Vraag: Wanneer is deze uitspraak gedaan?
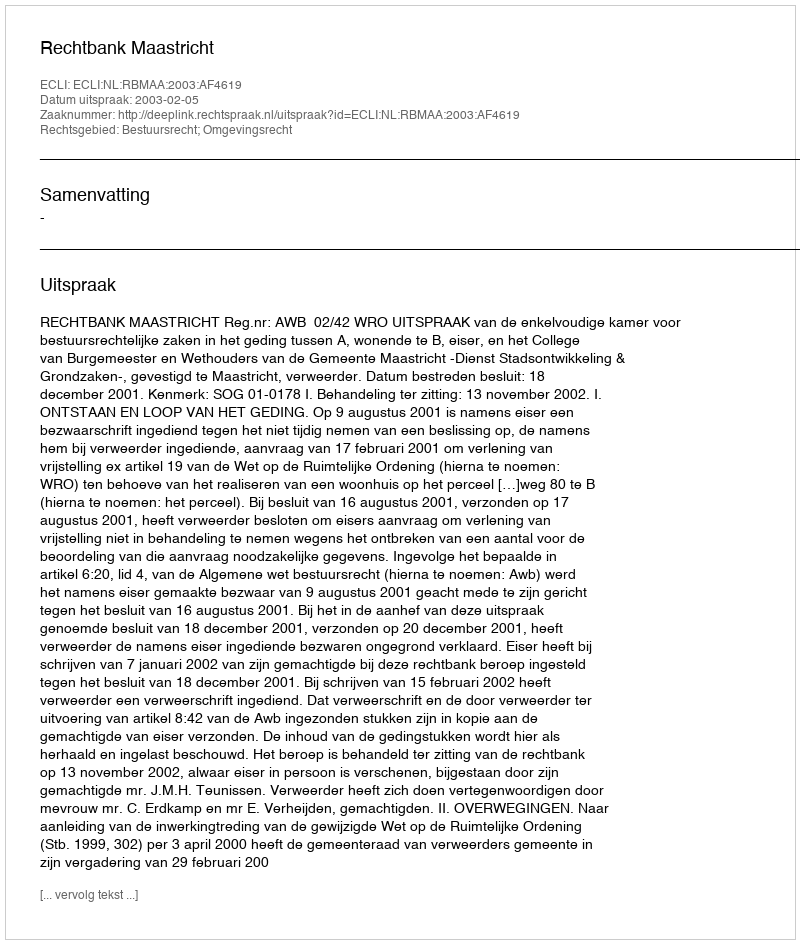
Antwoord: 2003-02-05